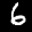
Label: 6